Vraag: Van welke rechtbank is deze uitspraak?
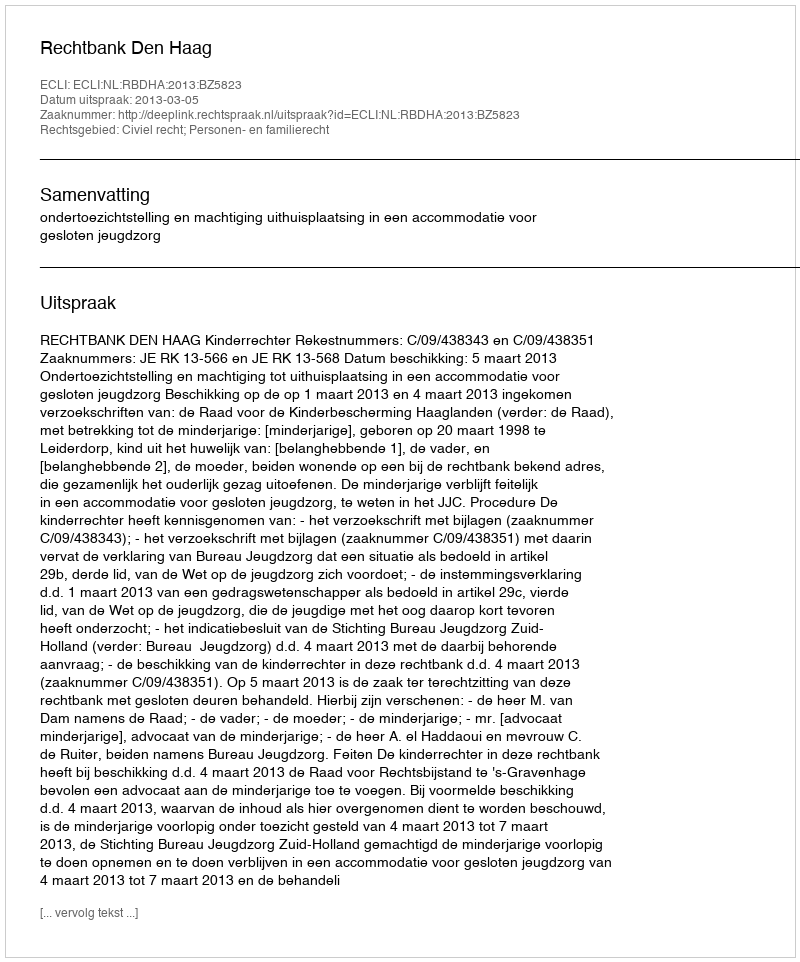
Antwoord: Rechtbank Den Haag